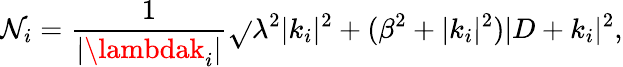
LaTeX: {\cal\mathcal{N}}_{i}=\frac{{1}}{{|\lambdak_{i}|}}\sqrt{}{{\lambda^{2}|k_{i}|^{2}+(\beta^{2}+|k_{i}|^{2})|D+k_{i}|^{2}}},